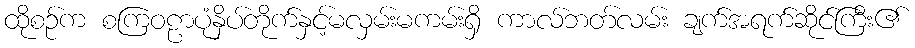
ထိုစဉ်က စကြဝဠာပုံနှိပ်တိုက်နှင့်မလှမ်းမကမ်းရှိ ကာလ်ဘတ်လမ်း ချက်အရက်ဆိုင်ကြီး၏